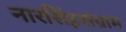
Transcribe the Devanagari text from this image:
नारसिंहसंग्राम